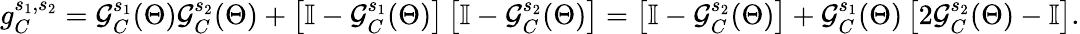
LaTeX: g_{C}^{s_{1},s_{2}}=\mathcal{G}_{C}^{s_{1}}(\Theta)\mathcal{G}_{C}^{s_{2}}(\Theta)+\left[\mathbb{{I}}-\mathcal{G}_{C}^{s_{1}}(\Theta)\right]\left[\mathbb{{I}}-\mathcal{G}_{C}^{s_{2}}(\Theta)\right]=\left[\mathbb{{I}}-\mathcal{G}_{C}^{s_{2}}(\Theta)\right]+\mathcal{G}_{C}^{s_{1}}(\Theta)\left[2\mathcal{G}_{C}^{s_{2}}(\Theta)-\mathbb{{I}}\right].